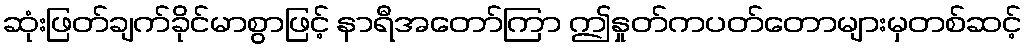
ဆုံးဖြတ်ချက်ခိုင်မာစွာဖြင့် နာရီအတော်ကြာ ဤနှုတ်ကပတ်တောများမှတစ်ဆင့်